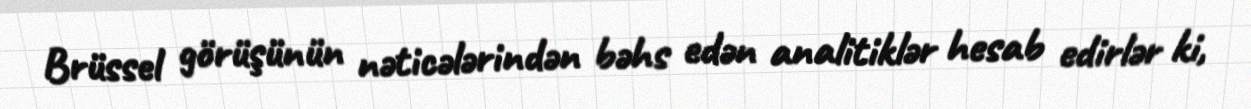
Brüssel görüşünün nəticələrindən bəhs edən analitiklər hesab edirlər ki,